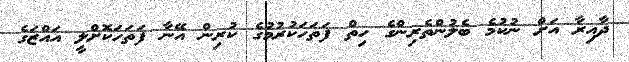
ދާއިރާ އަށް ނުކުމެ ބެލުންތެރިންގެ ހިތް ފަތަހަކުރުމުގެ ކުރިން އޭނާ ފަތަހަކޮށްލީ އައްޒަގެ